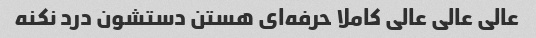
عالی عالی عالی کاملا حرفه‌ای هستن دستشون درد نکنه